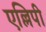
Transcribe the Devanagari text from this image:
एल्लिपी